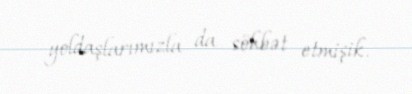
yoldaşlarımızla da söhbət etmişik.